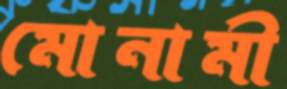
মোনামী